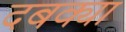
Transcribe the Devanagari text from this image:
दबक्या